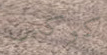
كوكس